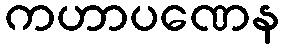
ကဟာပဏေန